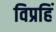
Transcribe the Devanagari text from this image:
विप्रहिं